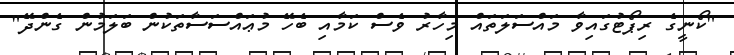
"ކޯނީގެ ރިޕޯޓުގައިވާ މައްސަލަތައް މިހާރު ވެސް ކަމާއި ބެހޭ މުޢައްސަސާތަކުން ބަލަމުން ގެންދޭ"